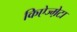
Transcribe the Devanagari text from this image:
किऐज्म़ेटा